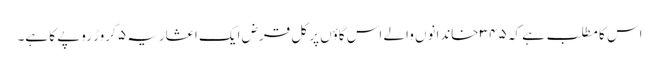
اس کا مطلب ہے کہ ۳۴۵ خاندانوں والے اس گاؤں پر کل قرض ایک اعشاریہ ۵ کروڑ روپے کا ہے۔